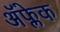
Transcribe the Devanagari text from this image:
अॅफ्लेक